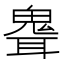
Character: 𩲽